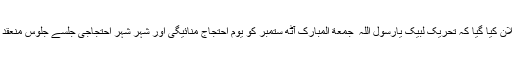
اس موقع پر اعلان کیا گیا کہ تحریک لبیک یارسول اللہ ۖ جمعة المبارک آٹھ ستمبر کو یوم احتجاج منائیگی اور شہر شہر احتجاجی جلسے جلوس منعقد کئے جائینگے۔